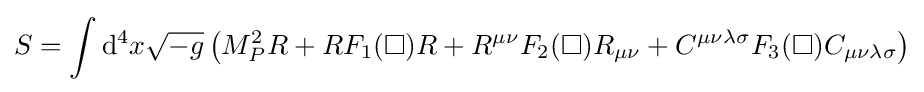
S=\int \mathrm {d} ^{4}x{\sqrt {-g}}\left(M_{P}^{2}R+RF_{1}(\Box )R+R^{\mu \nu }F_{2}(\Box )R_{\mu \nu }+C^{\mu \nu \lambda \sigma }F_{3}(\Box )C_{\mu \nu \lambda \sigma }\right)